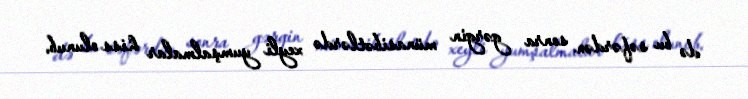
də bu səfərdən sonra gərgin münasibətlərdə xeyli yumşalmalar hiss olunub.